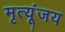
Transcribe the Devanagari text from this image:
मृत्यूंजय